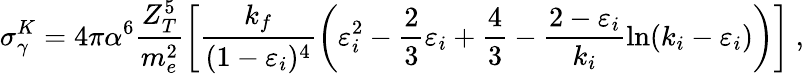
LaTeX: \sigma_{\gamma}^{K}=4\pi\alpha^{6}\frac{Z_{T}^{5}}{m_{e}^{2}}\left[\frac{k_{f}}{(1-\varepsilon_{i})^{4}}\left(\varepsilon_{i}^{2}-\frac{2}{3}\varepsilon_{i}+\frac 43-\frac{2-\varepsilon_{i}}{k_{i}}\ln(k_{i}-\varepsilon_{i})\right)\right]\ ,